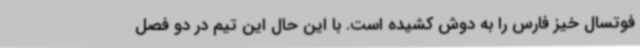
فوتسال خیز فارس را به دوش کشیده است. با این حال این تیم در دو فصل